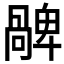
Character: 𠧅